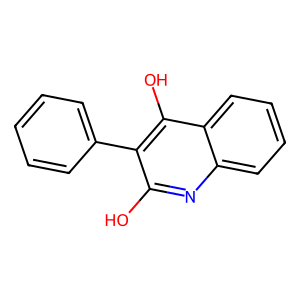
SMILES: Oc1nc2ccccc2c(O)c1-c1ccccc1
Inhibits HIV replication: No